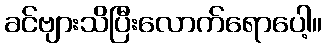
ခင်ဗျားသိပြီးလောက်ရောပေါ့။